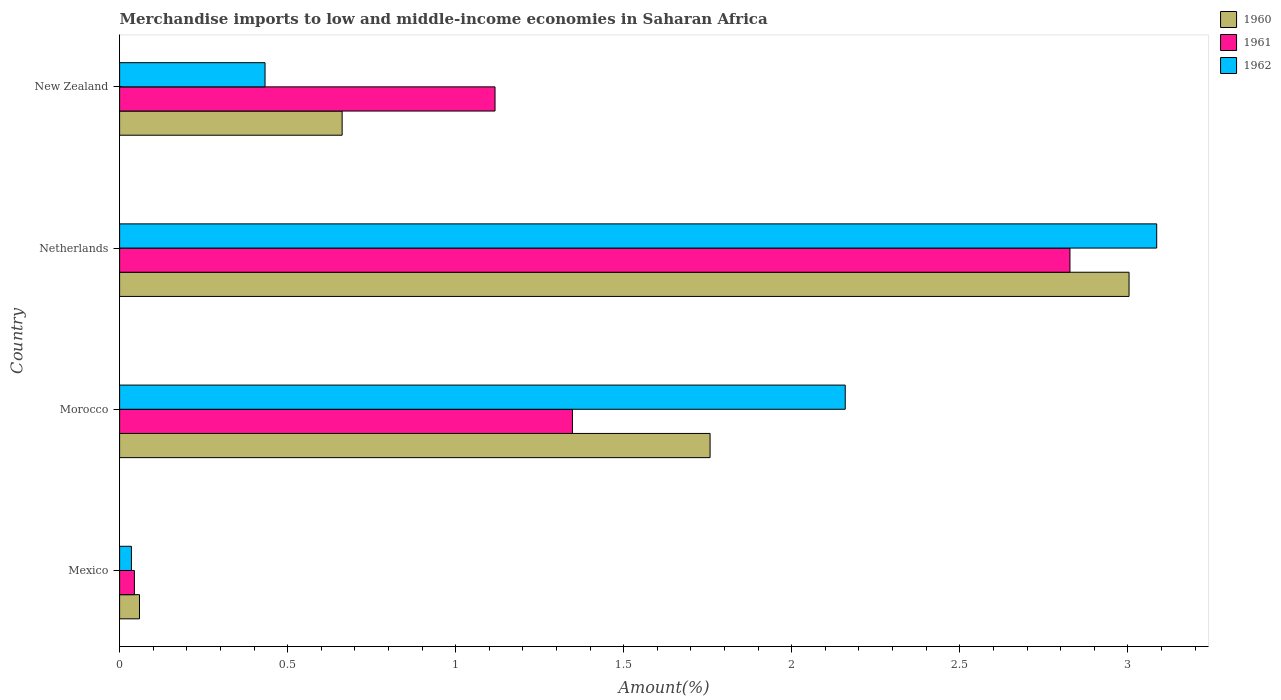
| Country | 1960 | 1961 | 1962 |
 | --- | --- | --- | --- |
 | Mexico | 0.0592 | 0.044 | 0.0351 |
 | Morocco | 1.76 | 1.35 | 2.16 |
 | Netherlands | 3 | 2.83 | 3.09 |
 | New Zealand | 0.662 | 1.12 | 0.433 |